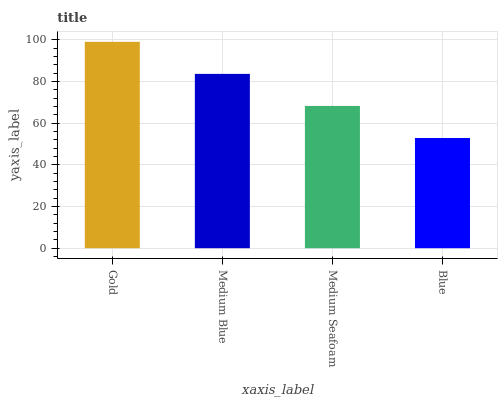
| xaxis_label | bars |
 | --- | --- |
 | Gold | 99 |
 | Medium Blue | 83.6 |
 | Medium Seafoam | 68.2 |
 | Blue | 52.9 |